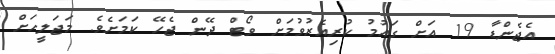
އެޖެންޑާ 19 އަށް ގައުމު ކުރިއެރުވުމަށް ވޯޓް ދޭން ޖެހޭ ކަމަށެވެ. މަޖަލީހަށް